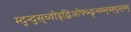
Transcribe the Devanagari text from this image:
म्द्न्द्स्च्वोइद्विओफ्च्न्द्ब्न्च्म्ब्न्व्म्ह्द्स्फ्य्